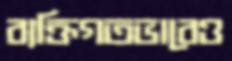
ব্যক্তিগতভাবেও